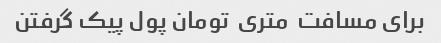
برای مسافت  متری  تومان پول پیک گرفتن